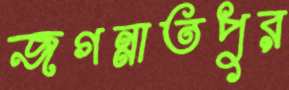
জগন্নাতপুর